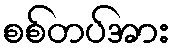
စစ်တပ်အား